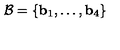
\mathcal { B } = \{ \mathbf { b } _ { 1 } , \ldots , \mathbf { b } _ { 4 } \}